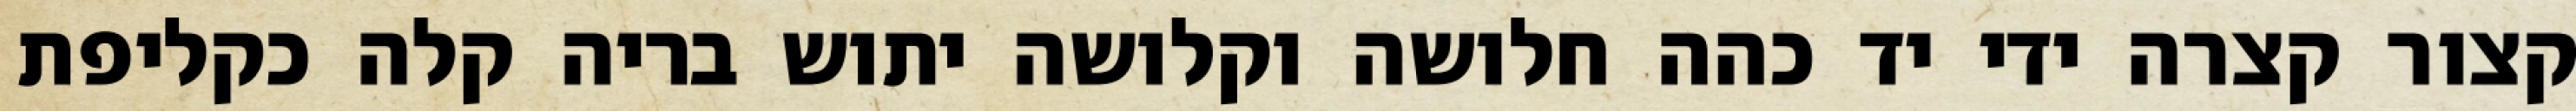
קצור קצרה ידי יד כהה חלושה וקלושה יתוש בריה קלה כקליפת